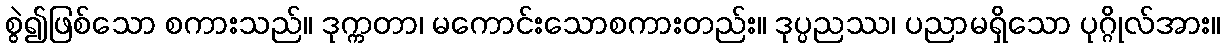
စွဲ၍ဖြစ်သော စကားသည်။ ဒုက္ကတာ၊ မကောင်းသောစကားတည်း။ ဒုပ္ပညဿ၊ ပညာမရှိသော ပုဂ္ဂိုလ်အား။